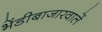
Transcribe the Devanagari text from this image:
भेंडीबाजारवालें